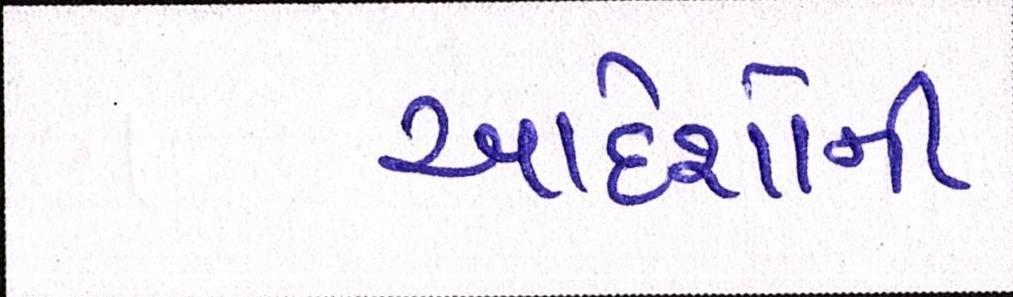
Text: આદેશોની